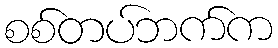
စစ်တပ်ဘက်က